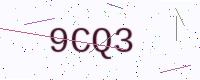
Text: 9CQ3